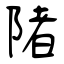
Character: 陼